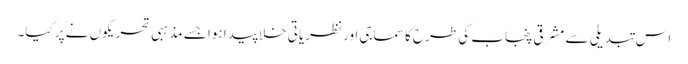
اس تبدیلی سے مشرقی پنجاب کی طرح کا سماجی اور نظریاتی خلا پیدا ہوا جسے مذہبی تحریکوں نے پر کیا۔